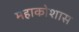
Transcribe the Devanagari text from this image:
महाकोशास